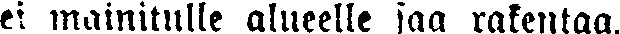
ei mainitulle alueelle saa rakentaa.